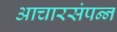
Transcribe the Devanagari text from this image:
आचारसंपन्‍न